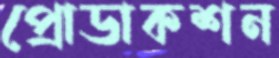
প্রোডাকশন